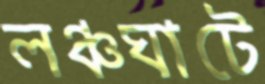
লঞ্চঘাটে